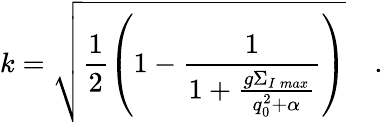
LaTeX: k=\sqrt{\frac{1}{2}\left(1-\frac{1}{1+\frac{g\Sigma_{I\, max}}{q_{0}^{2}+\alpha}}\right)}\quad.